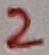
Text: 2